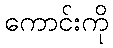
ကောင်းကို